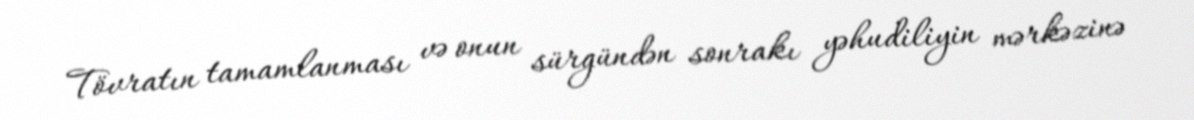
Tövratın tamamlanması və onun sürgündən sonrakı yəhudiliyin mərkəzinə